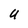
Character: U